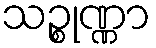
သဉ္စုဏ္ဏာ